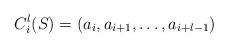
LaTeX: \begin{align*}C_{i}^{l}(S)=(a_{i}, a_{i+1}, \ldots, a_{i+l-1})\end{align*}